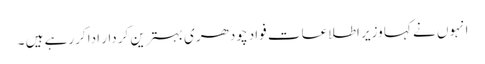
انہوں نے کہا وزیر اطلاعات فواد چودھری بہترین کردار ادا کررہے ہیں ۔